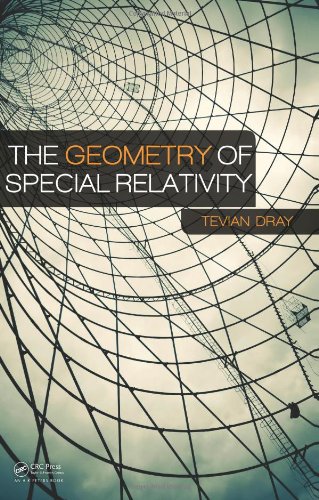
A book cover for The Geometry of Special Relativity; Tevian Dray; Science & Math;